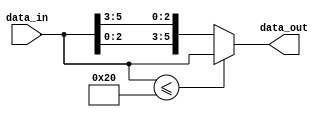
//  {} -> MSB,LSB 
// conc.v
module conc(data_out, data_in);
output reg [5:0] data_out; // 6 bit
input [5:0] data_in;

always @(data_in)
if(data_in <= 32)
    data_out <= data_in;
else
    data_out <= {data_in[2:0], data_in[5:3]}; //LSB, MSB
endmodule

// conc_tb.v
`timescale 1ns/1ns

module conc_tb;
reg [5:0] data_in;
wire [5:0] data_out;

conc conc_tb0(
    .data_in(data_in),
    .data_out(data_out)
);

initial
begin
    data_in = 32;
    // #10 data_in = 33;
    // #10 data_in = 34;
    // #10 data_in = 35;
    // #10 data_in = 36;
    // #10 data_in = 37;
end
always #10 data_in <= data_in + 1;
endmodule